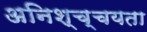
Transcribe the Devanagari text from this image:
अनिश्च्चयता